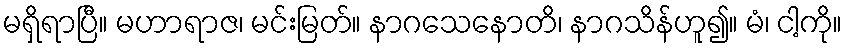
မရှိရာပြီ။ မဟာရာဇ၊ မင်းမြတ်။ နာဂသေနောတိ၊ နာဂသိန်ဟူ၍။ မံ၊ ငါ့ကို။